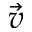
\vec { v }